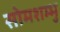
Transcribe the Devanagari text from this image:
सोमशम्भु